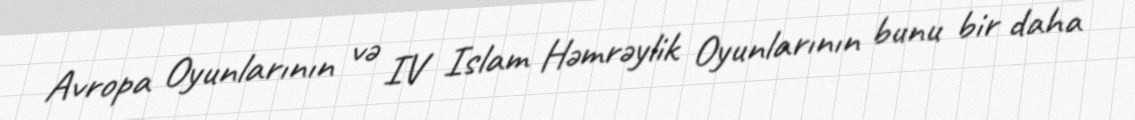
Avropa Oyunlarının və IV Islam Həmrəylik Oyunlarının bunu bir daha